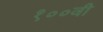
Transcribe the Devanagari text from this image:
१००वी